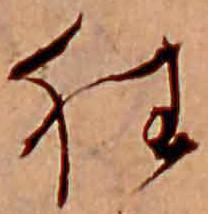
狂